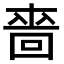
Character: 𠹫